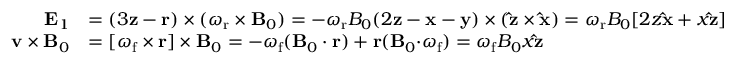
\begin{array} { r l } { \mathbf { E } _ { 1 } } & { = ( 3 \mathbf { z } - \mathbf { r } ) \times ( \boldsymbol { \omega } _ { \mathrm { r } } \times \mathbf { B } _ { 0 } ) = - \omega _ { \mathrm { r } } B _ { 0 } ( 2 \mathbf { z } - \mathbf { x } - \mathbf { y } ) \times ( \mathbf { \hat { z } } \times \mathbf { \hat { x } } ) = \omega _ { \mathrm { r } } B _ { 0 } [ 2 z \mathbf { \hat { x } } + x \mathbf { \hat { z } } ] } \\ { \mathbf { v } \times \mathbf { B } _ { 0 } } & { = [ \boldsymbol { \omega } _ { \mathrm { f } } \times \mathbf { r } ] \times \mathbf { B } _ { 0 } = - \boldsymbol { \omega } _ { \mathrm { f } } ( \mathbf { B } _ { 0 } \cdot \mathbf { r } ) + \mathbf { r } ( \mathbf { B } _ { 0 } \mathbf { \cdot } \boldsymbol { \omega } _ { \mathrm { f } } ) = \omega _ { \mathrm { f } } B _ { 0 } x \mathbf { \hat { z } } } \end{array}